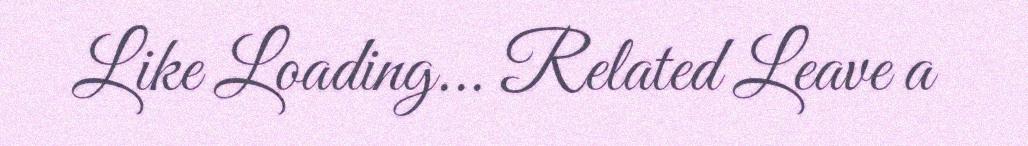
Like Loading... Related Leave a